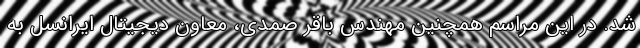
شد. در این مراسم همچنین مهندس باقر صمدی، معاون دیجیتال ایرانسل به